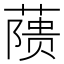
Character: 𬞘